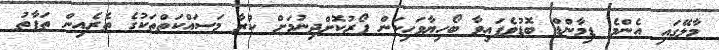
މާލޭގައި އެންމެ ޑިމާންޑް ބޮޑުވެފައިވާ ބޯހިޔާވަހިކަން ފޯރުކޮށްދިނުމަށް ކުރާ މަސައްކަތްތަކުގެ ތެރެއިން ތަފާތު